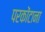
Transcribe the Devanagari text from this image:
परकोंटाना